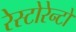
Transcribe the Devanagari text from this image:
रेस्टोरेन्टों